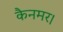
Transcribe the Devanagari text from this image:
कैनमर।